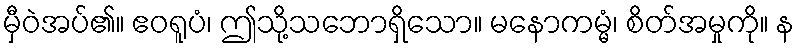
မှီဝဲအပ်၏။ ဧဝရူပံ၊ ဤသို့သဘောရှိသော။ မနောကမ္မံ၊ စိတ်အမှုကို။ န